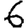
Digit: 6